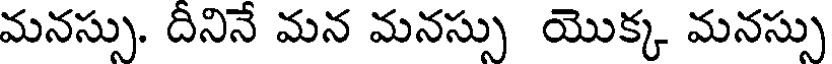
మనస్సు. దినినే మన మనస్సు యొక్క మనస్సు